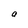
Character: o